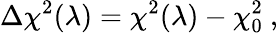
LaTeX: \Delta\chi^{2}(\lambda)=\chi^{2}(\lambda)-\chi_{0}^{2}~,